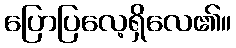
ပြောပြလေ့ရှိလေ၏။